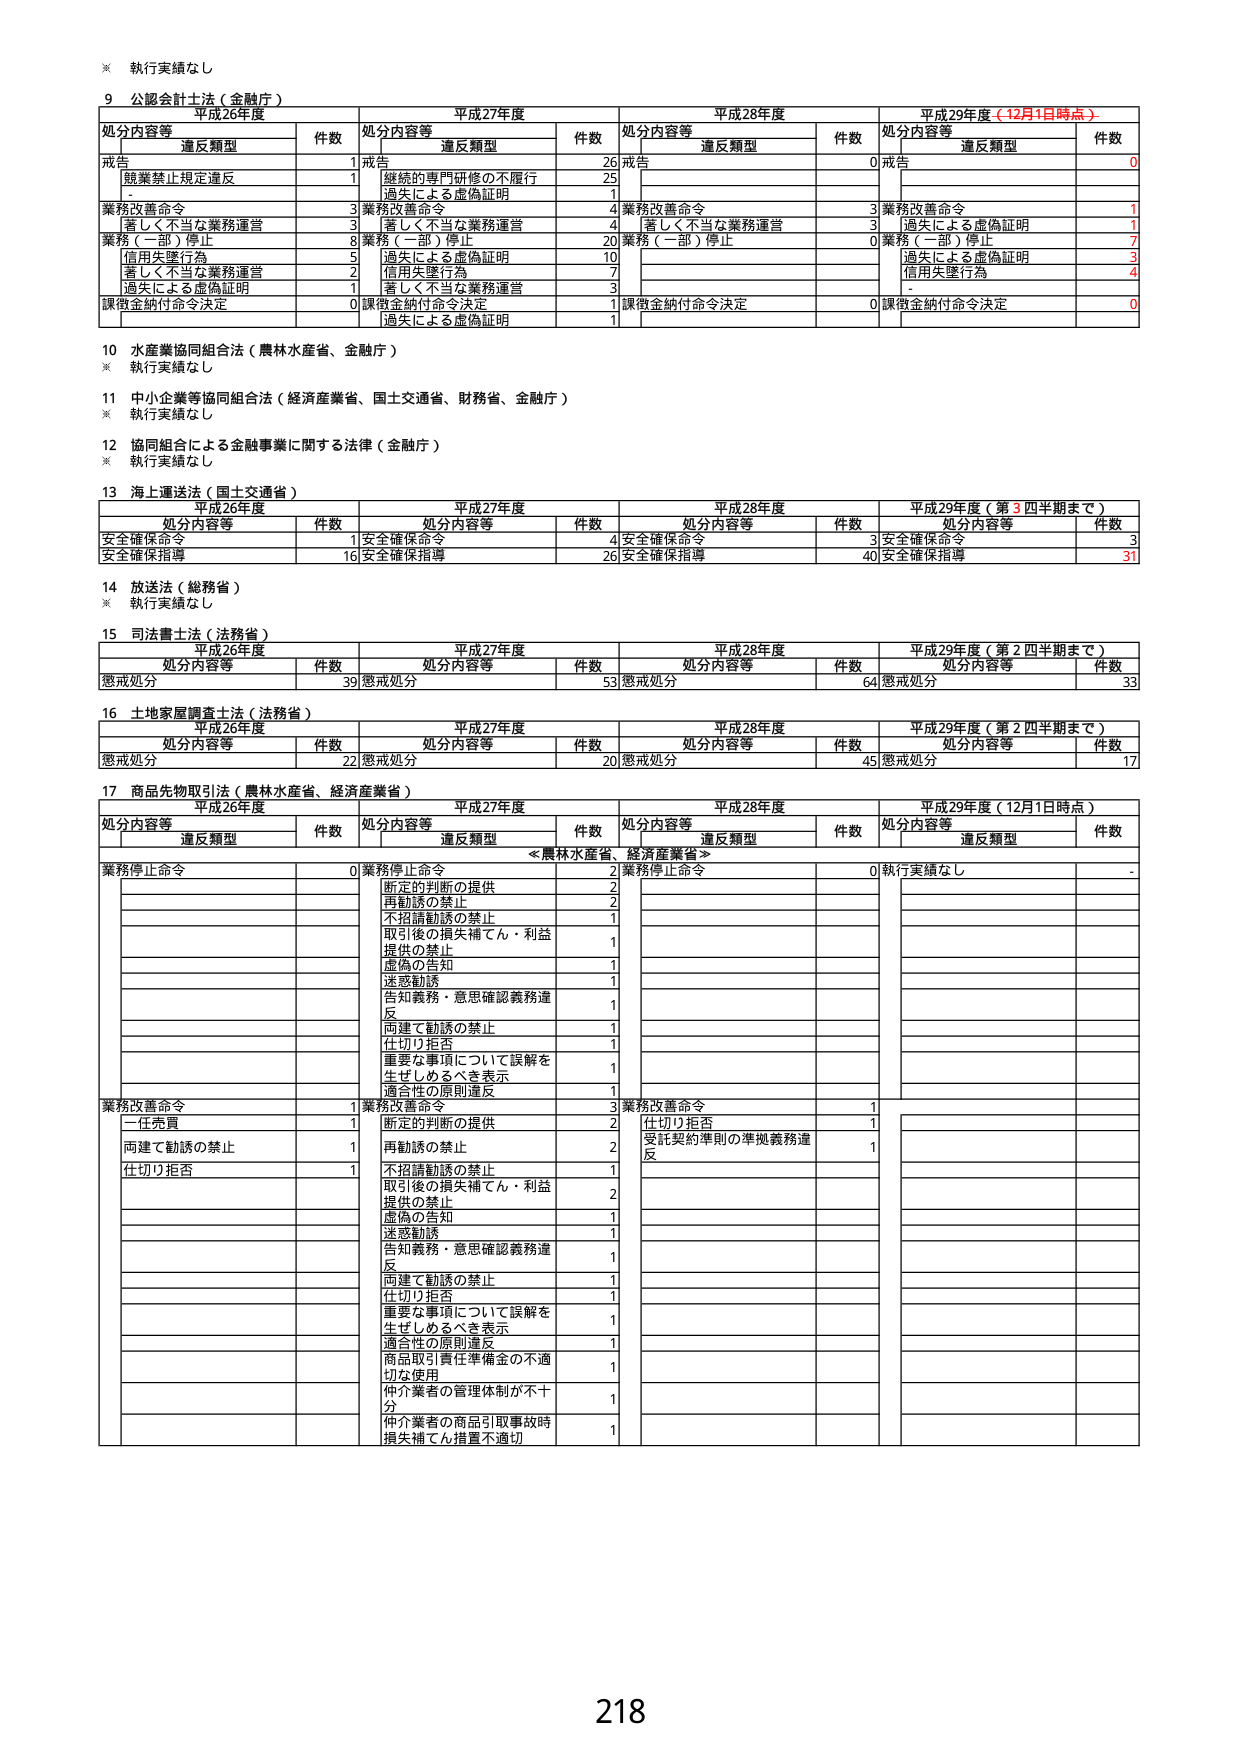
※ 執行実績なし
9 公認会計士法（金融庁）
平成26年度 平成27年度 平成28年度 平成29年度（12月1日時点）
処分内容等 違反類型 件数 処分内容等 違反類型 件数 処分内容等 違反類型 件数 処分内容等 違反類型 件数
戒告 1 戒告 26 戒告 0 戒告 0
- 鼓業禁止規定違反 1 継続的専門研修の不履行 25 - - - -
- - 過失による虚偽証明 1 - - - -
業務改善命令 3 業務改善命令 4 業務改善命令 3 業務改善命令 1
著しく不当な業務運営 3 著しく不当な業務運営 4 著しく不当な業務運営 3 過失による虚偽証明 1
業務（一部）停止 8 業務（一部）停止 20 業務（一部）停止 0 業務（一部）停止 7
信用失墜行為 5 過失による虚偽証明 10 - - 過失による虚偽証明 3
著しく不当な業務運営 2 信用失墜行為 7 - - 信用失墜行為 4
過失による虚偽証明 1 著しく不当な業務運営 3 - - - -
課徴金納付命令決定 0 課徴金納付命令決定 1 課徴金納付命令決定 0 課徴金納付命令決定 0
- 過失による虚偽証明 1 - - - -
10 水産業協同組合法（農林水産省、金融庁）
※ 執行実績なし
11 中小企業等協同組合法（経済産業省、国土交通省、財務省、金融庁）
※ 執行実績なし
12 協同組合による金融事業に関する法律（金融庁）
※ 執行実績なし
13 海上運送法（国土交通省）
平成26年度 平成27年度 平成28年度 平成29年度（第3四半期まで）
処分内容等 件数 処分内容等 件数 処分内容等 件数 処分内容等 件数
安全確保命令 1 安全確保命令 4 安全確保命令 3 安全確保命令 3
安全確保指導 16 安全確保指導 26 安全確保指導 40 安全確保指導 31
14 放送法（総務省）
※ 執行実績なし
15 司法書士法（法務省）
平成26年度 平成27年度 平成28年度 平成29年度（第2四半期まで）
処分内容等 件数 処分内容等 件数 処分内容等 件数 処分内容等 件数
懲戒処分 39 懲戒処分 53 懲戒処分 64 懲戒処分 33
16 土地家屋調査士法（法務省）
平成26年度 平成27年度 平成28年度 平成29年度（第2四半期まで）
処分内容等 件数 処分内容等 件数 処分内容等 件数 処分内容等 件数
懲戒処分 22 懲戒処分 20 懲戒処分 45 懲戒処分 17
17 商品先物取引法（農林水産省、経済産業省）
平成26年度 平成27年度 平成28年度 平成29年度（12月1日時点）
処分内容等 違反類型 件数 処分内容等 違反類型 件数 処分内容等 違反類型 件数 処分内容等 違反類型 件数
業務停止命令 0 業務停止命令 2 業務停止命令 0 執行実績なし -
- 断定的判断の提供 2 - - - -
- 再勧誘の禁止 2 - - - -
- 不招請勧誘の禁止 1 - - - -
- 取引後の損失補てん・利益 1 - - - -
- 提供の禁止 1 - - - -
- 虚偽の告知 1 - - - -
- 迷惑勧誘 1 - - - -
- 告知義務・意思確認義務違反 1 - - - -
- 両建て勧誘の禁止 1 - - - -
- 仕切り拒否 1 - - - -
- 重要な事項について誤解を 1 - - - -
- 生ぜしめるべき表示 1 - - - -
- 適合性の原則違反 1 - - - -
業務改善命令 1 業務改善命令 3 業務改善命令 1 - - -
一任売買 1 断定的判断の提供 2 仕切り拒否 1 - - -
両建て勧誘の禁止 1 再勧誘の禁止 2 受託契約準則の準拠義務違反 1 - - -
仕切り拒否 1 不招請勧誘の禁止 1 - - - -
- 取引後の損失補てん・利益 2 - - - -
- 提供の禁止 1 - - - -
- 虚偽の告知 1 - - - -
- 迷惑勧誘 1 - - - -
- 告知義務・意思確認義務違反 1 - - - -
- 両建て勧誘の禁止 1 - - - -
- 仕切り拒否 1 - - - -
- 重要な事項について誤解を 1 - - - -
- 生ぜしめるべき表示 1 - - - -
- 適合性の原則違反 1 - - - -
- 商品取引責任準備金の不適切な使用 1 - - - -
- 仲介業者の管理体制が不十分 1 - - - -
- 仲介業者の商品引取事故時損失補てん措置不適切 1 - - - -
218